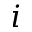
i